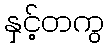
နှင့်တကွ